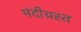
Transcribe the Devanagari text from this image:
मंदीग्रस्त